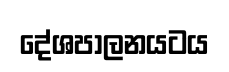
දේශපාලනයටය